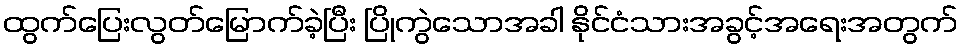
ထွက်ပြေးလွတ်မြောက်ခဲ့ပြီး ပြိုကွဲသောအခါ နိုင်ငံသားအခွင့်အရေးအတွက်